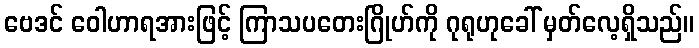
ဗေဒင် ဝေါဟာရအားဖြင့် ကြာသပတေးဂြိုဟ်ကို ဂုရုဟုခေါ် မှတ်လေ့ရှိသည်။